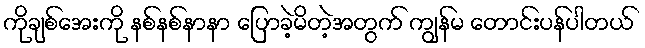
ကိုချစ်အေးကို နစ်နစ်နာနာ ပြောခဲ့မိတဲ့အတွက် ကျွန်မ တောင်းပန်ပါတယ်